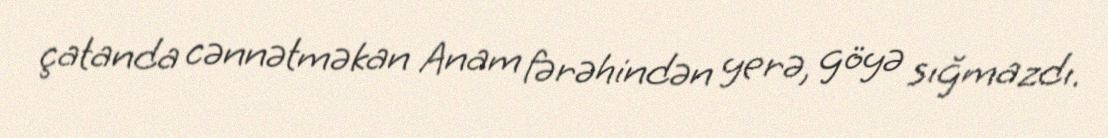
çatanda cənnətməkan Anam fərəhindən yerə, göyə sığmazdı.